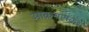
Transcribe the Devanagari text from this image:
आक्रमणकर